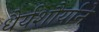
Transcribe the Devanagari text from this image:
धैर्यशौर्याने